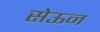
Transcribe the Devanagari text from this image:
सेऊन